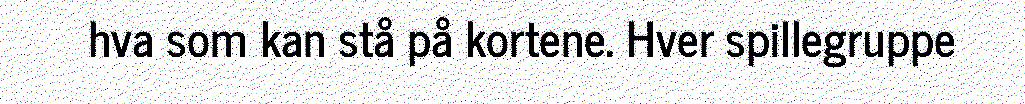
hva som kan stå på kortene. Hver spillegruppe